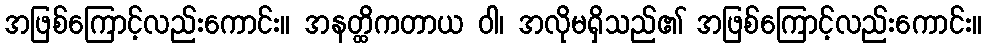
အဖြစ်ကြောင့်လည်းကောင်း။ အနတ္ထိကတာယ ဝါ၊ အလိုမရှိသည်၏ အဖြစ်ကြောင့်လည်းကောင်း။